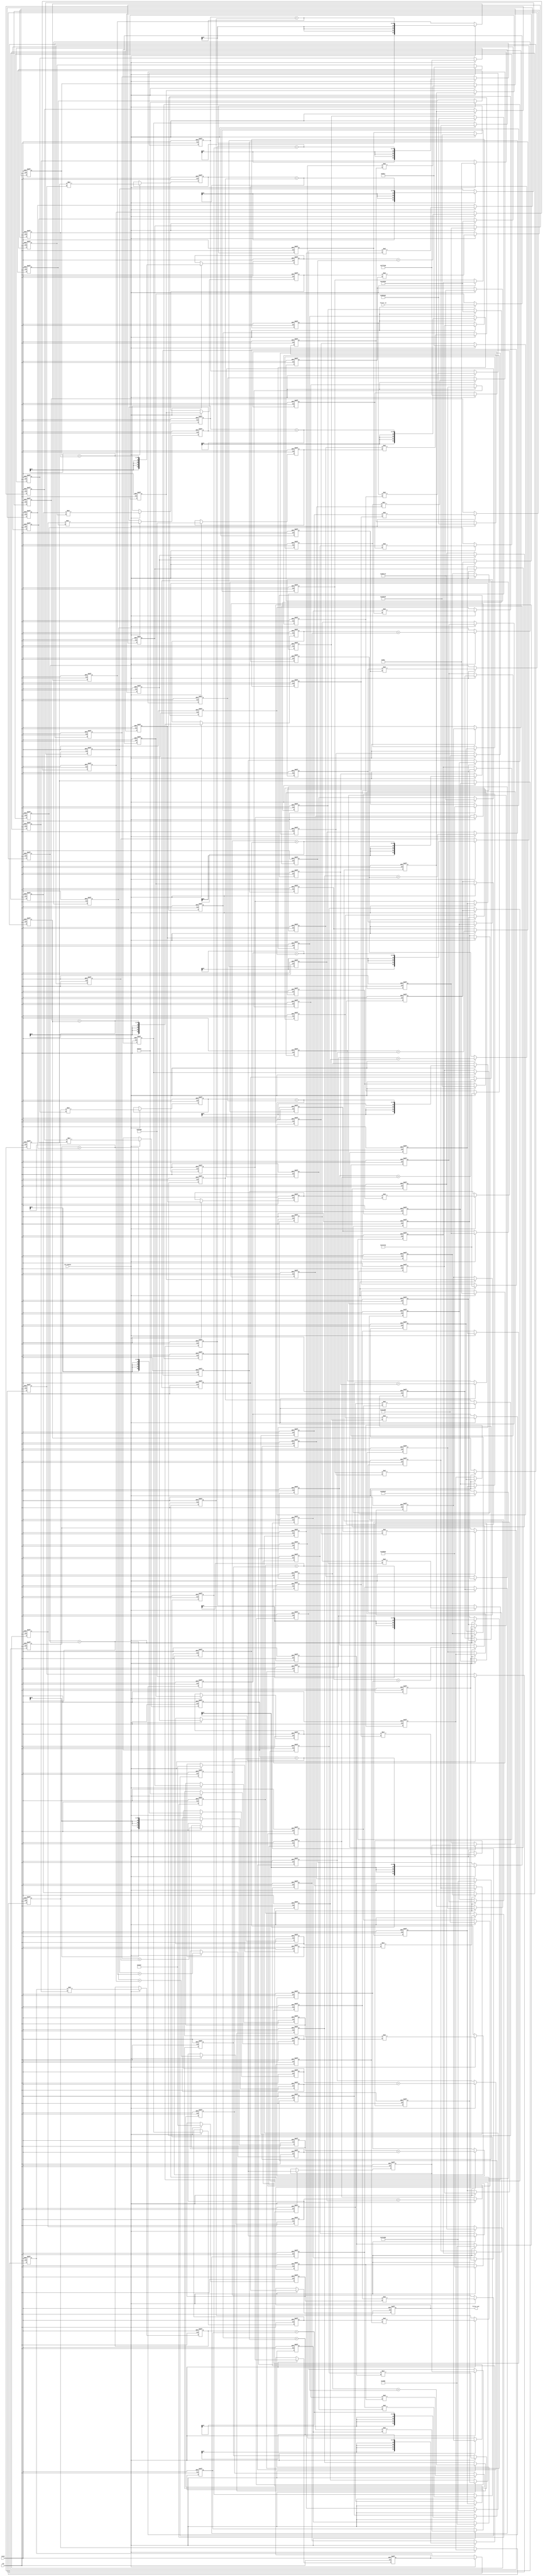
// -------------------------------------------------------------
//
// Module: fir_30_24b_1p
// Generated by MATLAB(R) 9.12 and Filter Design HDL Coder 3.1.11.
// Generated on: 2023-06-22 11:54:02
// -------------------------------------------------------------

// -------------------------------------------------------------
// HDL Code Generation Options:
//
// FIRAdderStyle: tree
// MultiplierInputPipeline: 1
// MultiplierOutputPipeline: 1
// OptimizeForHDL: on
// TargetDirectory: W:\Nikos\UTh\ \Project\FIR_30_Order\24b_fixed_point
// AddPipelineRegisters: on
// Name: fir_30_24b_1p
// InputDataType: numerictype(1,24,0)
// TargetLanguage: Verilog
// TestBenchName: fir_30_24b_1p_tb
// TestBenchStimulus: impulse step ramp chirp noise 

// Filter Specifications:
//
// Sample Rate     : 46 kHz
// Response        : Lowpass
// Specification   : N,Fp,Fst,Ap
// Stopband Edge   : 9.6 kHz
// Filter Order    : 30
// Passband Edge   : 8 kHz
// Passband Ripple : 60 dB
// -------------------------------------------------------------

// -------------------------------------------------------------
// HDL Implementation    : Fully parallel
// Folding Factor        : 1
// -------------------------------------------------------------
// Filter Settings:
//
// Discrete-Time FIR Filter (real)
// -------------------------------
// Filter Structure  : Direct-Form FIR
// Filter Length     : 31
// Stable            : Yes
// Linear Phase      : Yes (Type 1)
// Arithmetic        : fixed
// Numerator         : s24,24 -> [-5.000000e-01 5.000000e-01)
// -------------------------------------------------------------




`timescale 1 ns / 1 ns

module fir_30_24b_1p
               (
                clk,
                clk_enable,
                reset,
                filter_in,
                filter_out
                );

  input   clk; 
  input   clk_enable; 
  input   reset; 
  input   signed [23:0] filter_in; //sfix24
  output  signed [52:0] filter_out; //sfix53_En24

////////////////////////////////////////////////////////////////
//Module Architecture: fir_30_24b_1p
////////////////////////////////////////////////////////////////
  // Local Functions
  // Type Definitions
  // Constants
  parameter signed [23:0] coeff1 = 24'b000000000000100000001100; //sfix24_En24
  parameter signed [23:0] coeff2 = 24'b000000000010110100001011; //sfix24_En24
  parameter signed [23:0] coeff3 = 24'b000000001000001000000111; //sfix24_En24
  parameter signed [23:0] coeff4 = 24'b000000001101111001110010; //sfix24_En24
  parameter signed [23:0] coeff5 = 24'b000000001000100111001100; //sfix24_En24
  parameter signed [23:0] coeff6 = 24'b111111100001101110110101; //sfix24_En24
  parameter signed [23:0] coeff7 = 24'b111101111111111010011001; //sfix24_En24
  parameter signed [23:0] coeff8 = 24'b111011011011100001101010; //sfix24_En24
  parameter signed [23:0] coeff9 = 24'b111000010110100100111001; //sfix24_En24
  parameter signed [23:0] coeff10 = 24'b110110000100110001110100; //sfix24_En24
  parameter signed [23:0] coeff11 = 24'b110110010010101010010111; //sfix24_En24
  parameter signed [23:0] coeff12 = 24'b111010001101011101011111; //sfix24_En24
  parameter signed [23:0] coeff13 = 24'b000001100111100000110110; //sfix24_En24
  parameter signed [23:0] coeff14 = 24'b001010100001110110010000; //sfix24_En24
  parameter signed [23:0] coeff15 = 24'b010001110100011101000010; //sfix24_En24
  parameter signed [23:0] coeff16 = 24'b010100101000100100101111; //sfix24_En24
  parameter signed [23:0] coeff17 = 24'b010001110100011101000010; //sfix24_En24
  parameter signed [23:0] coeff18 = 24'b001010100001110110010000; //sfix24_En24
  parameter signed [23:0] coeff19 = 24'b000001100111100000110110; //sfix24_En24
  parameter signed [23:0] coeff20 = 24'b111010001101011101011111; //sfix24_En24
  parameter signed [23:0] coeff21 = 24'b110110010010101010010111; //sfix24_En24
  parameter signed [23:0] coeff22 = 24'b110110000100110001110100; //sfix24_En24
  parameter signed [23:0] coeff23 = 24'b111000010110100100111001; //sfix24_En24
  parameter signed [23:0] coeff24 = 24'b111011011011100001101010; //sfix24_En24
  parameter signed [23:0] coeff25 = 24'b111101111111111010011001; //sfix24_En24
  parameter signed [23:0] coeff26 = 24'b111111100001101110110101; //sfix24_En24
  parameter signed [23:0] coeff27 = 24'b000000001000100111001100; //sfix24_En24
  parameter signed [23:0] coeff28 = 24'b000000001101111001110010; //sfix24_En24
  parameter signed [23:0] coeff29 = 24'b000000001000001000000111; //sfix24_En24
  parameter signed [23:0] coeff30 = 24'b000000000010110100001011; //sfix24_En24
  parameter signed [23:0] coeff31 = 24'b000000000000100000001100; //sfix24_En24

  // Signals
  reg  signed [23:0] delay_pipeline [0:30] ; // sfix24
  wire signed [47:0] product31; // sfix48_En24
  reg  signed [23:0] delay_pipeline_30_under_pipe; // sfix24
  reg  signed [23:0] coeff31_pipe; // sfix24_En24
  reg  signed [47:0] product31_pipe; // sfix48_En24
  wire signed [47:0] product30; // sfix48_En24
  reg  signed [23:0] delay_pipeline_29_under_pipe; // sfix24
  reg  signed [23:0] coeff30_pipe; // sfix24_En24
  reg  signed [47:0] product30_pipe; // sfix48_En24
  wire signed [47:0] product29; // sfix48_En24
  reg  signed [23:0] delay_pipeline_28_under_pipe; // sfix24
  reg  signed [23:0] coeff29_pipe; // sfix24_En24
  reg  signed [47:0] product29_pipe; // sfix48_En24
  wire signed [47:0] product28; // sfix48_En24
  reg  signed [23:0] delay_pipeline_27_under_pipe; // sfix24
  reg  signed [23:0] coeff28_pipe; // sfix24_En24
  reg  signed [47:0] product28_pipe; // sfix48_En24
  wire signed [47:0] product27; // sfix48_En24
  reg  signed [23:0] delay_pipeline_26_under_pipe; // sfix24
  reg  signed [23:0] coeff27_pipe; // sfix24_En24
  reg  signed [47:0] product27_pipe; // sfix48_En24
  wire signed [47:0] product26; // sfix48_En24
  reg  signed [23:0] delay_pipeline_25_under_pipe; // sfix24
  reg  signed [23:0] coeff26_pipe; // sfix24_En24
  reg  signed [47:0] product26_pipe; // sfix48_En24
  wire signed [47:0] product25; // sfix48_En24
  reg  signed [23:0] delay_pipeline_24_under_pipe; // sfix24
  reg  signed [23:0] coeff25_pipe; // sfix24_En24
  reg  signed [47:0] product25_pipe; // sfix48_En24
  wire signed [47:0] product24; // sfix48_En24
  reg  signed [23:0] delay_pipeline_23_under_pipe; // sfix24
  reg  signed [23:0] coeff24_pipe; // sfix24_En24
  reg  signed [47:0] product24_pipe; // sfix48_En24
  wire signed [47:0] product23; // sfix48_En24
  reg  signed [23:0] delay_pipeline_22_under_pipe; // sfix24
  reg  signed [23:0] coeff23_pipe; // sfix24_En24
  reg  signed [47:0] product23_pipe; // sfix48_En24
  wire signed [47:0] product22; // sfix48_En24
  reg  signed [23:0] delay_pipeline_21_under_pipe; // sfix24
  reg  signed [23:0] coeff22_pipe; // sfix24_En24
  reg  signed [47:0] product22_pipe; // sfix48_En24
  wire signed [47:0] product21; // sfix48_En24
  reg  signed [23:0] delay_pipeline_20_under_pipe; // sfix24
  reg  signed [23:0] coeff21_pipe; // sfix24_En24
  reg  signed [47:0] product21_pipe; // sfix48_En24
  wire signed [47:0] product20; // sfix48_En24
  reg  signed [23:0] delay_pipeline_19_under_pipe; // sfix24
  reg  signed [23:0] coeff20_pipe; // sfix24_En24
  reg  signed [47:0] product20_pipe; // sfix48_En24
  wire signed [47:0] product19; // sfix48_En24
  reg  signed [23:0] delay_pipeline_18_under_pipe; // sfix24
  reg  signed [23:0] coeff19_pipe; // sfix24_En24
  reg  signed [47:0] product19_pipe; // sfix48_En24
  wire signed [47:0] product18; // sfix48_En24
  reg  signed [23:0] delay_pipeline_17_under_pipe; // sfix24
  reg  signed [23:0] coeff18_pipe; // sfix24_En24
  reg  signed [47:0] product18_pipe; // sfix48_En24
  wire signed [47:0] product17; // sfix48_En24
  reg  signed [23:0] delay_pipeline_16_under_pipe; // sfix24
  reg  signed [23:0] coeff17_pipe; // sfix24_En24
  reg  signed [47:0] product17_pipe; // sfix48_En24
  wire signed [47:0] product16; // sfix48_En24
  reg  signed [23:0] delay_pipeline_15_under_pipe; // sfix24
  reg  signed [23:0] coeff16_pipe; // sfix24_En24
  reg  signed [47:0] product16_pipe; // sfix48_En24
  wire signed [47:0] product15; // sfix48_En24
  reg  signed [23:0] delay_pipeline_14_under_pipe; // sfix24
  reg  signed [23:0] coeff15_pipe; // sfix24_En24
  reg  signed [47:0] product15_pipe; // sfix48_En24
  wire signed [47:0] product14; // sfix48_En24
  reg  signed [23:0] delay_pipeline_13_under_pipe; // sfix24
  reg  signed [23:0] coeff14_pipe; // sfix24_En24
  reg  signed [47:0] product14_pipe; // sfix48_En24
  wire signed [47:0] product13; // sfix48_En24
  reg  signed [23:0] delay_pipeline_12_under_pipe; // sfix24
  reg  signed [23:0] coeff13_pipe; // sfix24_En24
  reg  signed [47:0] product13_pipe; // sfix48_En24
  wire signed [47:0] product12; // sfix48_En24
  reg  signed [23:0] delay_pipeline_11_under_pipe; // sfix24
  reg  signed [23:0] coeff12_pipe; // sfix24_En24
  reg  signed [47:0] product12_pipe; // sfix48_En24
  wire signed [47:0] product11; // sfix48_En24
  reg  signed [23:0] delay_pipeline_10_under_pipe; // sfix24
  reg  signed [23:0] coeff11_pipe; // sfix24_En24
  reg  signed [47:0] product11_pipe; // sfix48_En24
  wire signed [47:0] product10; // sfix48_En24
  reg  signed [23:0] delay_pipeline_9_under_pipe; // sfix24
  reg  signed [23:0] coeff10_pipe; // sfix24_En24
  reg  signed [47:0] product10_pipe; // sfix48_En24
  wire signed [47:0] product9; // sfix48_En24
  reg  signed [23:0] delay_pipeline_8_under_pipe; // sfix24
  reg  signed [23:0] coeff9_pipe; // sfix24_En24
  reg  signed [47:0] product9_pipe; // sfix48_En24
  wire signed [47:0] product8; // sfix48_En24
  reg  signed [23:0] delay_pipeline_7_under_pipe; // sfix24
  reg  signed [23:0] coeff8_pipe; // sfix24_En24
  reg  signed [47:0] product8_pipe; // sfix48_En24
  wire signed [47:0] product7; // sfix48_En24
  reg  signed [23:0] delay_pipeline_6_under_pipe; // sfix24
  reg  signed [23:0] coeff7_pipe; // sfix24_En24
  reg  signed [47:0] product7_pipe; // sfix48_En24
  wire signed [47:0] product6; // sfix48_En24
  reg  signed [23:0] delay_pipeline_5_under_pipe; // sfix24
  reg  signed [23:0] coeff6_pipe; // sfix24_En24
  reg  signed [47:0] product6_pipe; // sfix48_En24
  wire signed [47:0] product5; // sfix48_En24
  reg  signed [23:0] delay_pipeline_4_under_pipe; // sfix24
  reg  signed [23:0] coeff5_pipe; // sfix24_En24
  reg  signed [47:0] product5_pipe; // sfix48_En24
  wire signed [47:0] product4; // sfix48_En24
  reg  signed [23:0] delay_pipeline_3_under_pipe; // sfix24
  reg  signed [23:0] coeff4_pipe; // sfix24_En24
  reg  signed [47:0] product4_pipe; // sfix48_En24
  wire signed [47:0] product3; // sfix48_En24
  reg  signed [23:0] delay_pipeline_2_under_pipe; // sfix24
  reg  signed [23:0] coeff3_pipe; // sfix24_En24
  reg  signed [47:0] product3_pipe; // sfix48_En24
  wire signed [47:0] product2; // sfix48_En24
  reg  signed [23:0] delay_pipeline_1_under_pipe; // sfix24
  reg  signed [23:0] coeff2_pipe; // sfix24_En24
  reg  signed [47:0] product2_pipe; // sfix48_En24
  wire signed [47:0] product1; // sfix48_En24
  reg  signed [23:0] delay_pipeline_0_under_pipe; // sfix24
  reg  signed [23:0] coeff1_pipe; // sfix24_En24
  reg  signed [47:0] product1_pipe; // sfix48_En24
  wire signed [52:0] sum_final; // sfix53_En24
  wire signed [52:0] sum1_1; // sfix53_En24
  wire signed [47:0] add_signext; // sfix48_En24
  wire signed [47:0] add_signext_1; // sfix48_En24
  wire signed [48:0] add_temp; // sfix49_En24
  reg  signed [52:0] sumpipe1_1; // sfix53_En24
  wire signed [52:0] sum1_2; // sfix53_En24
  wire signed [47:0] add_signext_2; // sfix48_En24
  wire signed [47:0] add_signext_3; // sfix48_En24
  wire signed [48:0] add_temp_1; // sfix49_En24
  reg  signed [52:0] sumpipe1_2; // sfix53_En24
  wire signed [52:0] sum1_3; // sfix53_En24
  wire signed [47:0] add_signext_4; // sfix48_En24
  wire signed [47:0] add_signext_5; // sfix48_En24
  wire signed [48:0] add_temp_2; // sfix49_En24
  reg  signed [52:0] sumpipe1_3; // sfix53_En24
  wire signed [52:0] sum1_4; // sfix53_En24
  wire signed [47:0] add_signext_6; // sfix48_En24
  wire signed [47:0] add_signext_7; // sfix48_En24
  wire signed [48:0] add_temp_3; // sfix49_En24
  reg  signed [52:0] sumpipe1_4; // sfix53_En24
  wire signed [52:0] sum1_5; // sfix53_En24
  wire signed [47:0] add_signext_8; // sfix48_En24
  wire signed [47:0] add_signext_9; // sfix48_En24
  wire signed [48:0] add_temp_4; // sfix49_En24
  reg  signed [52:0] sumpipe1_5; // sfix53_En24
  wire signed [52:0] sum1_6; // sfix53_En24
  wire signed [47:0] add_signext_10; // sfix48_En24
  wire signed [47:0] add_signext_11; // sfix48_En24
  wire signed [48:0] add_temp_5; // sfix49_En24
  reg  signed [52:0] sumpipe1_6; // sfix53_En24
  wire signed [52:0] sum1_7; // sfix53_En24
  wire signed [47:0] add_signext_12; // sfix48_En24
  wire signed [47:0] add_signext_13; // sfix48_En24
  wire signed [48:0] add_temp_6; // sfix49_En24
  reg  signed [52:0] sumpipe1_7; // sfix53_En24
  wire signed [52:0] sum1_8; // sfix53_En24
  wire signed [47:0] add_signext_14; // sfix48_En24
  wire signed [47:0] add_signext_15; // sfix48_En24
  wire signed [48:0] add_temp_7; // sfix49_En24
  reg  signed [52:0] sumpipe1_8; // sfix53_En24
  wire signed [52:0] sum1_9; // sfix53_En24
  wire signed [47:0] add_signext_16; // sfix48_En24
  wire signed [47:0] add_signext_17; // sfix48_En24
  wire signed [48:0] add_temp_8; // sfix49_En24
  reg  signed [52:0] sumpipe1_9; // sfix53_En24
  wire signed [52:0] sum1_10; // sfix53_En24
  wire signed [47:0] add_signext_18; // sfix48_En24
  wire signed [47:0] add_signext_19; // sfix48_En24
  wire signed [48:0] add_temp_9; // sfix49_En24
  reg  signed [52:0] sumpipe1_10; // sfix53_En24
  wire signed [52:0] sum1_11; // sfix53_En24
  wire signed [47:0] add_signext_20; // sfix48_En24
  wire signed [47:0] add_signext_21; // sfix48_En24
  wire signed [48:0] add_temp_10; // sfix49_En24
  reg  signed [52:0] sumpipe1_11; // sfix53_En24
  wire signed [52:0] sum1_12; // sfix53_En24
  wire signed [47:0] add_signext_22; // sfix48_En24
  wire signed [47:0] add_signext_23; // sfix48_En24
  wire signed [48:0] add_temp_11; // sfix49_En24
  reg  signed [52:0] sumpipe1_12; // sfix53_En24
  wire signed [52:0] sum1_13; // sfix53_En24
  wire signed [47:0] add_signext_24; // sfix48_En24
  wire signed [47:0] add_signext_25; // sfix48_En24
  wire signed [48:0] add_temp_12; // sfix49_En24
  reg  signed [52:0] sumpipe1_13; // sfix53_En24
  wire signed [52:0] sum1_14; // sfix53_En24
  wire signed [47:0] add_signext_26; // sfix48_En24
  wire signed [47:0] add_signext_27; // sfix48_En24
  wire signed [48:0] add_temp_13; // sfix49_En24
  reg  signed [52:0] sumpipe1_14; // sfix53_En24
  wire signed [52:0] sum1_15; // sfix53_En24
  wire signed [47:0] add_signext_28; // sfix48_En24
  wire signed [47:0] add_signext_29; // sfix48_En24
  wire signed [48:0] add_temp_14; // sfix49_En24
  reg  signed [52:0] sumpipe1_15; // sfix53_En24
  reg  signed [47:0] sumpipe1_16; // sfix48_En24
  wire signed [52:0] sum2_1; // sfix53_En24
  wire signed [52:0] add_signext_30; // sfix53_En24
  wire signed [52:0] add_signext_31; // sfix53_En24
  wire signed [53:0] add_temp_15; // sfix54_En24
  reg  signed [52:0] sumpipe2_1; // sfix53_En24
  wire signed [52:0] sum2_2; // sfix53_En24
  wire signed [52:0] add_signext_32; // sfix53_En24
  wire signed [52:0] add_signext_33; // sfix53_En24
  wire signed [53:0] add_temp_16; // sfix54_En24
  reg  signed [52:0] sumpipe2_2; // sfix53_En24
  wire signed [52:0] sum2_3; // sfix53_En24
  wire signed [52:0] add_signext_34; // sfix53_En24
  wire signed [52:0] add_signext_35; // sfix53_En24
  wire signed [53:0] add_temp_17; // sfix54_En24
  reg  signed [52:0] sumpipe2_3; // sfix53_En24
  wire signed [52:0] sum2_4; // sfix53_En24
  wire signed [52:0] add_signext_36; // sfix53_En24
  wire signed [52:0] add_signext_37; // sfix53_En24
  wire signed [53:0] add_temp_18; // sfix54_En24
  reg  signed [52:0] sumpipe2_4; // sfix53_En24
  wire signed [52:0] sum2_5; // sfix53_En24
  wire signed [52:0] add_signext_38; // sfix53_En24
  wire signed [52:0] add_signext_39; // sfix53_En24
  wire signed [53:0] add_temp_19; // sfix54_En24
  reg  signed [52:0] sumpipe2_5; // sfix53_En24
  wire signed [52:0] sum2_6; // sfix53_En24
  wire signed [52:0] add_signext_40; // sfix53_En24
  wire signed [52:0] add_signext_41; // sfix53_En24
  wire signed [53:0] add_temp_20; // sfix54_En24
  reg  signed [52:0] sumpipe2_6; // sfix53_En24
  wire signed [52:0] sum2_7; // sfix53_En24
  wire signed [52:0] add_signext_42; // sfix53_En24
  wire signed [52:0] add_signext_43; // sfix53_En24
  wire signed [53:0] add_temp_21; // sfix54_En24
  reg  signed [52:0] sumpipe2_7; // sfix53_En24
  wire signed [52:0] sum2_8; // sfix53_En24
  wire signed [52:0] add_signext_44; // sfix53_En24
  wire signed [52:0] add_signext_45; // sfix53_En24
  wire signed [53:0] add_temp_22; // sfix54_En24
  reg  signed [52:0] sumpipe2_8; // sfix53_En24
  wire signed [52:0] sum3_1; // sfix53_En24
  wire signed [52:0] add_signext_46; // sfix53_En24
  wire signed [52:0] add_signext_47; // sfix53_En24
  wire signed [53:0] add_temp_23; // sfix54_En24
  reg  signed [52:0] sumpipe3_1; // sfix53_En24
  wire signed [52:0] sum3_2; // sfix53_En24
  wire signed [52:0] add_signext_48; // sfix53_En24
  wire signed [52:0] add_signext_49; // sfix53_En24
  wire signed [53:0] add_temp_24; // sfix54_En24
  reg  signed [52:0] sumpipe3_2; // sfix53_En24
  wire signed [52:0] sum3_3; // sfix53_En24
  wire signed [52:0] add_signext_50; // sfix53_En24
  wire signed [52:0] add_signext_51; // sfix53_En24
  wire signed [53:0] add_temp_25; // sfix54_En24
  reg  signed [52:0] sumpipe3_3; // sfix53_En24
  wire signed [52:0] sum3_4; // sfix53_En24
  wire signed [52:0] add_signext_52; // sfix53_En24
  wire signed [52:0] add_signext_53; // sfix53_En24
  wire signed [53:0] add_temp_26; // sfix54_En24
  reg  signed [52:0] sumpipe3_4; // sfix53_En24
  wire signed [52:0] sum4_1; // sfix53_En24
  wire signed [52:0] add_signext_54; // sfix53_En24
  wire signed [52:0] add_signext_55; // sfix53_En24
  wire signed [53:0] add_temp_27; // sfix54_En24
  reg  signed [52:0] sumpipe4_1; // sfix53_En24
  wire signed [52:0] sum4_2; // sfix53_En24
  wire signed [52:0] add_signext_56; // sfix53_En24
  wire signed [52:0] add_signext_57; // sfix53_En24
  wire signed [53:0] add_temp_28; // sfix54_En24
  reg  signed [52:0] sumpipe4_2; // sfix53_En24
  wire signed [52:0] sum5_1; // sfix53_En24
  wire signed [52:0] add_signext_58; // sfix53_En24
  wire signed [52:0] add_signext_59; // sfix53_En24
  wire signed [53:0] add_temp_29; // sfix54_En24
  reg  signed [52:0] sumpipe5_1; // sfix53_En24
  reg  signed [52:0] output_register; // sfix53_En24

  // Block Statements
  always @( posedge clk or posedge reset)
    begin: Delay_Pipeline_process
      if (reset == 1'b1) begin
        delay_pipeline[0] <= 0;
        delay_pipeline[1] <= 0;
        delay_pipeline[2] <= 0;
        delay_pipeline[3] <= 0;
        delay_pipeline[4] <= 0;
        delay_pipeline[5] <= 0;
        delay_pipeline[6] <= 0;
        delay_pipeline[7] <= 0;
        delay_pipeline[8] <= 0;
        delay_pipeline[9] <= 0;
        delay_pipeline[10] <= 0;
        delay_pipeline[11] <= 0;
        delay_pipeline[12] <= 0;
        delay_pipeline[13] <= 0;
        delay_pipeline[14] <= 0;
        delay_pipeline[15] <= 0;
        delay_pipeline[16] <= 0;
        delay_pipeline[17] <= 0;
        delay_pipeline[18] <= 0;
        delay_pipeline[19] <= 0;
        delay_pipeline[20] <= 0;
        delay_pipeline[21] <= 0;
        delay_pipeline[22] <= 0;
        delay_pipeline[23] <= 0;
        delay_pipeline[24] <= 0;
        delay_pipeline[25] <= 0;
        delay_pipeline[26] <= 0;
        delay_pipeline[27] <= 0;
        delay_pipeline[28] <= 0;
        delay_pipeline[29] <= 0;
        delay_pipeline[30] <= 0;
      end
      else begin
        if (clk_enable == 1'b1) begin
          delay_pipeline[0] <= filter_in;
          delay_pipeline[1] <= delay_pipeline[0];
          delay_pipeline[2] <= delay_pipeline[1];
          delay_pipeline[3] <= delay_pipeline[2];
          delay_pipeline[4] <= delay_pipeline[3];
          delay_pipeline[5] <= delay_pipeline[4];
          delay_pipeline[6] <= delay_pipeline[5];
          delay_pipeline[7] <= delay_pipeline[6];
          delay_pipeline[8] <= delay_pipeline[7];
          delay_pipeline[9] <= delay_pipeline[8];
          delay_pipeline[10] <= delay_pipeline[9];
          delay_pipeline[11] <= delay_pipeline[10];
          delay_pipeline[12] <= delay_pipeline[11];
          delay_pipeline[13] <= delay_pipeline[12];
          delay_pipeline[14] <= delay_pipeline[13];
          delay_pipeline[15] <= delay_pipeline[14];
          delay_pipeline[16] <= delay_pipeline[15];
          delay_pipeline[17] <= delay_pipeline[16];
          delay_pipeline[18] <= delay_pipeline[17];
          delay_pipeline[19] <= delay_pipeline[18];
          delay_pipeline[20] <= delay_pipeline[19];
          delay_pipeline[21] <= delay_pipeline[20];
          delay_pipeline[22] <= delay_pipeline[21];
          delay_pipeline[23] <= delay_pipeline[22];
          delay_pipeline[24] <= delay_pipeline[23];
          delay_pipeline[25] <= delay_pipeline[24];
          delay_pipeline[26] <= delay_pipeline[25];
          delay_pipeline[27] <= delay_pipeline[26];
          delay_pipeline[28] <= delay_pipeline[27];
          delay_pipeline[29] <= delay_pipeline[28];
          delay_pipeline[30] <= delay_pipeline[29];
        end
      end
    end // Delay_Pipeline_process


  always @ (posedge clk or posedge reset)
    begin: temp_process1
      if (reset == 1'b1) begin
        delay_pipeline_30_under_pipe <= 0;
        coeff31_pipe <= 0;
        product31_pipe <= 0;
      end
      else begin
        if (clk_enable == 1'b1) begin
          delay_pipeline_30_under_pipe <= delay_pipeline[30];
          coeff31_pipe <= coeff31;

          product31_pipe <= delay_pipeline_30_under_pipe * coeff31_pipe;

        end
      end
    end // temp_process1

  assign product31 = product31_pipe;

  always @ (posedge clk or posedge reset)
    begin: temp_process2
      if (reset == 1'b1) begin
        delay_pipeline_29_under_pipe <= 0;
        coeff30_pipe <= 0;
        product30_pipe <= 0;
      end
      else begin
        if (clk_enable == 1'b1) begin
          delay_pipeline_29_under_pipe <= delay_pipeline[29];
          coeff30_pipe <= coeff30;

          product30_pipe <= delay_pipeline_29_under_pipe * coeff30_pipe;

        end
      end
    end // temp_process2

  assign product30 = product30_pipe;

  always @ (posedge clk or posedge reset)
    begin: temp_process3
      if (reset == 1'b1) begin
        delay_pipeline_28_under_pipe <= 0;
        coeff29_pipe <= 0;
        product29_pipe <= 0;
      end
      else begin
        if (clk_enable == 1'b1) begin
          delay_pipeline_28_under_pipe <= delay_pipeline[28];
          coeff29_pipe <= coeff29;

          product29_pipe <= delay_pipeline_28_under_pipe * coeff29_pipe;

        end
      end
    end // temp_process3

  assign product29 = product29_pipe;

  always @ (posedge clk or posedge reset)
    begin: temp_process4
      if (reset == 1'b1) begin
        delay_pipeline_27_under_pipe <= 0;
        coeff28_pipe <= 0;
        product28_pipe <= 0;
      end
      else begin
        if (clk_enable == 1'b1) begin
          delay_pipeline_27_under_pipe <= delay_pipeline[27];
          coeff28_pipe <= coeff28;

          product28_pipe <= delay_pipeline_27_under_pipe * coeff28_pipe;

        end
      end
    end // temp_process4

  assign product28 = product28_pipe;

  always @ (posedge clk or posedge reset)
    begin: temp_process5
      if (reset == 1'b1) begin
        delay_pipeline_26_under_pipe <= 0;
        coeff27_pipe <= 0;
        product27_pipe <= 0;
      end
      else begin
        if (clk_enable == 1'b1) begin
          delay_pipeline_26_under_pipe <= delay_pipeline[26];
          coeff27_pipe <= coeff27;

          product27_pipe <= delay_pipeline_26_under_pipe * coeff27_pipe;

        end
      end
    end // temp_process5

  assign product27 = product27_pipe;

  always @ (posedge clk or posedge reset)
    begin: temp_process6
      if (reset == 1'b1) begin
        delay_pipeline_25_under_pipe <= 0;
        coeff26_pipe <= 0;
        product26_pipe <= 0;
      end
      else begin
        if (clk_enable == 1'b1) begin
          delay_pipeline_25_under_pipe <= delay_pipeline[25];
          coeff26_pipe <= coeff26;

          product26_pipe <= delay_pipeline_25_under_pipe * coeff26_pipe;

        end
      end
    end // temp_process6

  assign product26 = product26_pipe;

  always @ (posedge clk or posedge reset)
    begin: temp_process7
      if (reset == 1'b1) begin
        delay_pipeline_24_under_pipe <= 0;
        coeff25_pipe <= 0;
        product25_pipe <= 0;
      end
      else begin
        if (clk_enable == 1'b1) begin
          delay_pipeline_24_under_pipe <= delay_pipeline[24];
          coeff25_pipe <= coeff25;

          product25_pipe <= delay_pipeline_24_under_pipe * coeff25_pipe;

        end
      end
    end // temp_process7

  assign product25 = product25_pipe;

  always @ (posedge clk or posedge reset)
    begin: temp_process8
      if (reset == 1'b1) begin
        delay_pipeline_23_under_pipe <= 0;
        coeff24_pipe <= 0;
        product24_pipe <= 0;
      end
      else begin
        if (clk_enable == 1'b1) begin
          delay_pipeline_23_under_pipe <= delay_pipeline[23];
          coeff24_pipe <= coeff24;

          product24_pipe <= delay_pipeline_23_under_pipe * coeff24_pipe;

        end
      end
    end // temp_process8

  assign product24 = product24_pipe;

  always @ (posedge clk or posedge reset)
    begin: temp_process9
      if (reset == 1'b1) begin
        delay_pipeline_22_under_pipe <= 0;
        coeff23_pipe <= 0;
        product23_pipe <= 0;
      end
      else begin
        if (clk_enable == 1'b1) begin
          delay_pipeline_22_under_pipe <= delay_pipeline[22];
          coeff23_pipe <= coeff23;

          product23_pipe <= delay_pipeline_22_under_pipe * coeff23_pipe;

        end
      end
    end // temp_process9

  assign product23 = product23_pipe;

  always @ (posedge clk or posedge reset)
    begin: temp_process10
      if (reset == 1'b1) begin
        delay_pipeline_21_under_pipe <= 0;
        coeff22_pipe <= 0;
        product22_pipe <= 0;
      end
      else begin
        if (clk_enable == 1'b1) begin
          delay_pipeline_21_under_pipe <= delay_pipeline[21];
          coeff22_pipe <= coeff22;

          product22_pipe <= delay_pipeline_21_under_pipe * coeff22_pipe;

        end
      end
    end // temp_process10

  assign product22 = product22_pipe;

  always @ (posedge clk or posedge reset)
    begin: temp_process11
      if (reset == 1'b1) begin
        delay_pipeline_20_under_pipe <= 0;
        coeff21_pipe <= 0;
        product21_pipe <= 0;
      end
      else begin
        if (clk_enable == 1'b1) begin
          delay_pipeline_20_under_pipe <= delay_pipeline[20];
          coeff21_pipe <= coeff21;

          product21_pipe <= delay_pipeline_20_under_pipe * coeff21_pipe;

        end
      end
    end // temp_process11

  assign product21 = product21_pipe;

  always @ (posedge clk or posedge reset)
    begin: temp_process12
      if (reset == 1'b1) begin
        delay_pipeline_19_under_pipe <= 0;
        coeff20_pipe <= 0;
        product20_pipe <= 0;
      end
      else begin
        if (clk_enable == 1'b1) begin
          delay_pipeline_19_under_pipe <= delay_pipeline[19];
          coeff20_pipe <= coeff20;

          product20_pipe <= delay_pipeline_19_under_pipe * coeff20_pipe;

        end
      end
    end // temp_process12

  assign product20 = product20_pipe;

  always @ (posedge clk or posedge reset)
    begin: temp_process13
      if (reset == 1'b1) begin
        delay_pipeline_18_under_pipe <= 0;
        coeff19_pipe <= 0;
        product19_pipe <= 0;
      end
      else begin
        if (clk_enable == 1'b1) begin
          delay_pipeline_18_under_pipe <= delay_pipeline[18];
          coeff19_pipe <= coeff19;

          product19_pipe <= delay_pipeline_18_under_pipe * coeff19_pipe;

        end
      end
    end // temp_process13

  assign product19 = product19_pipe;

  always @ (posedge clk or posedge reset)
    begin: temp_process14
      if (reset == 1'b1) begin
        delay_pipeline_17_under_pipe <= 0;
        coeff18_pipe <= 0;
        product18_pipe <= 0;
      end
      else begin
        if (clk_enable == 1'b1) begin
          delay_pipeline_17_under_pipe <= delay_pipeline[17];
          coeff18_pipe <= coeff18;

          product18_pipe <= delay_pipeline_17_under_pipe * coeff18_pipe;

        end
      end
    end // temp_process14

  assign product18 = product18_pipe;

  always @ (posedge clk or posedge reset)
    begin: temp_process15
      if (reset == 1'b1) begin
        delay_pipeline_16_under_pipe <= 0;
        coeff17_pipe <= 0;
        product17_pipe <= 0;
      end
      else begin
        if (clk_enable == 1'b1) begin
          delay_pipeline_16_under_pipe <= delay_pipeline[16];
          coeff17_pipe <= coeff17;

          product17_pipe <= delay_pipeline_16_under_pipe * coeff17_pipe;

        end
      end
    end // temp_process15

  assign product17 = product17_pipe;

  always @ (posedge clk or posedge reset)
    begin: temp_process16
      if (reset == 1'b1) begin
        delay_pipeline_15_under_pipe <= 0;
        coeff16_pipe <= 0;
        product16_pipe <= 0;
      end
      else begin
        if (clk_enable == 1'b1) begin
          delay_pipeline_15_under_pipe <= delay_pipeline[15];
          coeff16_pipe <= coeff16;

          product16_pipe <= delay_pipeline_15_under_pipe * coeff16_pipe;

        end
      end
    end // temp_process16

  assign product16 = product16_pipe;

  always @ (posedge clk or posedge reset)
    begin: temp_process17
      if (reset == 1'b1) begin
        delay_pipeline_14_under_pipe <= 0;
        coeff15_pipe <= 0;
        product15_pipe <= 0;
      end
      else begin
        if (clk_enable == 1'b1) begin
          delay_pipeline_14_under_pipe <= delay_pipeline[14];
          coeff15_pipe <= coeff15;

          product15_pipe <= delay_pipeline_14_under_pipe * coeff15_pipe;

        end
      end
    end // temp_process17

  assign product15 = product15_pipe;

  always @ (posedge clk or posedge reset)
    begin: temp_process18
      if (reset == 1'b1) begin
        delay_pipeline_13_under_pipe <= 0;
        coeff14_pipe <= 0;
        product14_pipe <= 0;
      end
      else begin
        if (clk_enable == 1'b1) begin
          delay_pipeline_13_under_pipe <= delay_pipeline[13];
          coeff14_pipe <= coeff14;

          product14_pipe <= delay_pipeline_13_under_pipe * coeff14_pipe;

        end
      end
    end // temp_process18

  assign product14 = product14_pipe;

  always @ (posedge clk or posedge reset)
    begin: temp_process19
      if (reset == 1'b1) begin
        delay_pipeline_12_under_pipe <= 0;
        coeff13_pipe <= 0;
        product13_pipe <= 0;
      end
      else begin
        if (clk_enable == 1'b1) begin
          delay_pipeline_12_under_pipe <= delay_pipeline[12];
          coeff13_pipe <= coeff13;

          product13_pipe <= delay_pipeline_12_under_pipe * coeff13_pipe;

        end
      end
    end // temp_process19

  assign product13 = product13_pipe;

  always @ (posedge clk or posedge reset)
    begin: temp_process20
      if (reset == 1'b1) begin
        delay_pipeline_11_under_pipe <= 0;
        coeff12_pipe <= 0;
        product12_pipe <= 0;
      end
      else begin
        if (clk_enable == 1'b1) begin
          delay_pipeline_11_under_pipe <= delay_pipeline[11];
          coeff12_pipe <= coeff12;

          product12_pipe <= delay_pipeline_11_under_pipe * coeff12_pipe;

        end
      end
    end // temp_process20

  assign product12 = product12_pipe;

  always @ (posedge clk or posedge reset)
    begin: temp_process21
      if (reset == 1'b1) begin
        delay_pipeline_10_under_pipe <= 0;
        coeff11_pipe <= 0;
        product11_pipe <= 0;
      end
      else begin
        if (clk_enable == 1'b1) begin
          delay_pipeline_10_under_pipe <= delay_pipeline[10];
          coeff11_pipe <= coeff11;

          product11_pipe <= delay_pipeline_10_under_pipe * coeff11_pipe;

        end
      end
    end // temp_process21

  assign product11 = product11_pipe;

  always @ (posedge clk or posedge reset)
    begin: temp_process22
      if (reset == 1'b1) begin
        delay_pipeline_9_under_pipe <= 0;
        coeff10_pipe <= 0;
        product10_pipe <= 0;
      end
      else begin
        if (clk_enable == 1'b1) begin
          delay_pipeline_9_under_pipe <= delay_pipeline[9];
          coeff10_pipe <= coeff10;

          product10_pipe <= delay_pipeline_9_under_pipe * coeff10_pipe;

        end
      end
    end // temp_process22

  assign product10 = product10_pipe;

  always @ (posedge clk or posedge reset)
    begin: temp_process23
      if (reset == 1'b1) begin
        delay_pipeline_8_under_pipe <= 0;
        coeff9_pipe <= 0;
        product9_pipe <= 0;
      end
      else begin
        if (clk_enable == 1'b1) begin
          delay_pipeline_8_under_pipe <= delay_pipeline[8];
          coeff9_pipe <= coeff9;

          product9_pipe <= delay_pipeline_8_under_pipe * coeff9_pipe;

        end
      end
    end // temp_process23

  assign product9 = product9_pipe;

  always @ (posedge clk or posedge reset)
    begin: temp_process24
      if (reset == 1'b1) begin
        delay_pipeline_7_under_pipe <= 0;
        coeff8_pipe <= 0;
        product8_pipe <= 0;
      end
      else begin
        if (clk_enable == 1'b1) begin
          delay_pipeline_7_under_pipe <= delay_pipeline[7];
          coeff8_pipe <= coeff8;

          product8_pipe <= delay_pipeline_7_under_pipe * coeff8_pipe;

        end
      end
    end // temp_process24

  assign product8 = product8_pipe;

  always @ (posedge clk or posedge reset)
    begin: temp_process25
      if (reset == 1'b1) begin
        delay_pipeline_6_under_pipe <= 0;
        coeff7_pipe <= 0;
        product7_pipe <= 0;
      end
      else begin
        if (clk_enable == 1'b1) begin
          delay_pipeline_6_under_pipe <= delay_pipeline[6];
          coeff7_pipe <= coeff7;

          product7_pipe <= delay_pipeline_6_under_pipe * coeff7_pipe;

        end
      end
    end // temp_process25

  assign product7 = product7_pipe;

  always @ (posedge clk or posedge reset)
    begin: temp_process26
      if (reset == 1'b1) begin
        delay_pipeline_5_under_pipe <= 0;
        coeff6_pipe <= 0;
        product6_pipe <= 0;
      end
      else begin
        if (clk_enable == 1'b1) begin
          delay_pipeline_5_under_pipe <= delay_pipeline[5];
          coeff6_pipe <= coeff6;

          product6_pipe <= delay_pipeline_5_under_pipe * coeff6_pipe;

        end
      end
    end // temp_process26

  assign product6 = product6_pipe;

  always @ (posedge clk or posedge reset)
    begin: temp_process27
      if (reset == 1'b1) begin
        delay_pipeline_4_under_pipe <= 0;
        coeff5_pipe <= 0;
        product5_pipe <= 0;
      end
      else begin
        if (clk_enable == 1'b1) begin
          delay_pipeline_4_under_pipe <= delay_pipeline[4];
          coeff5_pipe <= coeff5;

          product5_pipe <= delay_pipeline_4_under_pipe * coeff5_pipe;

        end
      end
    end // temp_process27

  assign product5 = product5_pipe;

  always @ (posedge clk or posedge reset)
    begin: temp_process28
      if (reset == 1'b1) begin
        delay_pipeline_3_under_pipe <= 0;
        coeff4_pipe <= 0;
        product4_pipe <= 0;
      end
      else begin
        if (clk_enable == 1'b1) begin
          delay_pipeline_3_under_pipe <= delay_pipeline[3];
          coeff4_pipe <= coeff4;

          product4_pipe <= delay_pipeline_3_under_pipe * coeff4_pipe;

        end
      end
    end // temp_process28

  assign product4 = product4_pipe;

  always @ (posedge clk or posedge reset)
    begin: temp_process29
      if (reset == 1'b1) begin
        delay_pipeline_2_under_pipe <= 0;
        coeff3_pipe <= 0;
        product3_pipe <= 0;
      end
      else begin
        if (clk_enable == 1'b1) begin
          delay_pipeline_2_under_pipe <= delay_pipeline[2];
          coeff3_pipe <= coeff3;

          product3_pipe <= delay_pipeline_2_under_pipe * coeff3_pipe;

        end
      end
    end // temp_process29

  assign product3 = product3_pipe;

  always @ (posedge clk or posedge reset)
    begin: temp_process30
      if (reset == 1'b1) begin
        delay_pipeline_1_under_pipe <= 0;
        coeff2_pipe <= 0;
        product2_pipe <= 0;
      end
      else begin
        if (clk_enable == 1'b1) begin
          delay_pipeline_1_under_pipe <= delay_pipeline[1];
          coeff2_pipe <= coeff2;

          product2_pipe <= delay_pipeline_1_under_pipe * coeff2_pipe;

        end
      end
    end // temp_process30

  assign product2 = product2_pipe;

  always @ (posedge clk or posedge reset)
    begin: temp_process31
      if (reset == 1'b1) begin
        delay_pipeline_0_under_pipe <= 0;
        coeff1_pipe <= 0;
        product1_pipe <= 0;
      end
      else begin
        if (clk_enable == 1'b1) begin
          delay_pipeline_0_under_pipe <= delay_pipeline[0];
          coeff1_pipe <= coeff1;

          product1_pipe <= delay_pipeline_0_under_pipe * coeff1_pipe;

        end
      end
    end // temp_process31

  assign product1 = product1_pipe;

  assign add_signext = product31;
  assign add_signext_1 = product30;
  assign add_temp = add_signext + add_signext_1;
  assign sum1_1 = $signed({{4{add_temp[48]}}, add_temp});

  assign add_signext_2 = product29;
  assign add_signext_3 = product28;
  assign add_temp_1 = add_signext_2 + add_signext_3;
  assign sum1_2 = $signed({{4{add_temp_1[48]}}, add_temp_1});

  assign add_signext_4 = product27;
  assign add_signext_5 = product26;
  assign add_temp_2 = add_signext_4 + add_signext_5;
  assign sum1_3 = $signed({{4{add_temp_2[48]}}, add_temp_2});

  assign add_signext_6 = product25;
  assign add_signext_7 = product24;
  assign add_temp_3 = add_signext_6 + add_signext_7;
  assign sum1_4 = $signed({{4{add_temp_3[48]}}, add_temp_3});

  assign add_signext_8 = product23;
  assign add_signext_9 = product22;
  assign add_temp_4 = add_signext_8 + add_signext_9;
  assign sum1_5 = $signed({{4{add_temp_4[48]}}, add_temp_4});

  assign add_signext_10 = product21;
  assign add_signext_11 = product20;
  assign add_temp_5 = add_signext_10 + add_signext_11;
  assign sum1_6 = $signed({{4{add_temp_5[48]}}, add_temp_5});

  assign add_signext_12 = product19;
  assign add_signext_13 = product18;
  assign add_temp_6 = add_signext_12 + add_signext_13;
  assign sum1_7 = $signed({{4{add_temp_6[48]}}, add_temp_6});

  assign add_signext_14 = product17;
  assign add_signext_15 = product16;
  assign add_temp_7 = add_signext_14 + add_signext_15;
  assign sum1_8 = $signed({{4{add_temp_7[48]}}, add_temp_7});

  assign add_signext_16 = product15;
  assign add_signext_17 = product14;
  assign add_temp_8 = add_signext_16 + add_signext_17;
  assign sum1_9 = $signed({{4{add_temp_8[48]}}, add_temp_8});

  assign add_signext_18 = product13;
  assign add_signext_19 = product12;
  assign add_temp_9 = add_signext_18 + add_signext_19;
  assign sum1_10 = $signed({{4{add_temp_9[48]}}, add_temp_9});

  assign add_signext_20 = product11;
  assign add_signext_21 = product10;
  assign add_temp_10 = add_signext_20 + add_signext_21;
  assign sum1_11 = $signed({{4{add_temp_10[48]}}, add_temp_10});

  assign add_signext_22 = product9;
  assign add_signext_23 = product8;
  assign add_temp_11 = add_signext_22 + add_signext_23;
  assign sum1_12 = $signed({{4{add_temp_11[48]}}, add_temp_11});

  assign add_signext_24 = product7;
  assign add_signext_25 = product6;
  assign add_temp_12 = add_signext_24 + add_signext_25;
  assign sum1_13 = $signed({{4{add_temp_12[48]}}, add_temp_12});

  assign add_signext_26 = product5;
  assign add_signext_27 = product4;
  assign add_temp_13 = add_signext_26 + add_signext_27;
  assign sum1_14 = $signed({{4{add_temp_13[48]}}, add_temp_13});

  assign add_signext_28 = product3;
  assign add_signext_29 = product2;
  assign add_temp_14 = add_signext_28 + add_signext_29;
  assign sum1_15 = $signed({{4{add_temp_14[48]}}, add_temp_14});

  always @ (posedge clk or posedge reset)
    begin: temp_process32
      if (reset == 1'b1) begin
        sumpipe1_1 <= 0;
        sumpipe1_2 <= 0;
        sumpipe1_3 <= 0;
        sumpipe1_4 <= 0;
        sumpipe1_5 <= 0;
        sumpipe1_6 <= 0;
        sumpipe1_7 <= 0;
        sumpipe1_8 <= 0;
        sumpipe1_9 <= 0;
        sumpipe1_10 <= 0;
        sumpipe1_11 <= 0;
        sumpipe1_12 <= 0;
        sumpipe1_13 <= 0;
        sumpipe1_14 <= 0;
        sumpipe1_15 <= 0;
        sumpipe1_16 <= 0;
      end
      else begin
        if (clk_enable == 1'b1) begin
          sumpipe1_1 <= sum1_1;
          sumpipe1_2 <= sum1_2;
          sumpipe1_3 <= sum1_3;
          sumpipe1_4 <= sum1_4;
          sumpipe1_5 <= sum1_5;
          sumpipe1_6 <= sum1_6;
          sumpipe1_7 <= sum1_7;
          sumpipe1_8 <= sum1_8;
          sumpipe1_9 <= sum1_9;
          sumpipe1_10 <= sum1_10;
          sumpipe1_11 <= sum1_11;
          sumpipe1_12 <= sum1_12;
          sumpipe1_13 <= sum1_13;
          sumpipe1_14 <= sum1_14;
          sumpipe1_15 <= sum1_15;
          sumpipe1_16 <= product1;
        end
      end
    end // temp_process32

  assign add_signext_30 = sumpipe1_1;
  assign add_signext_31 = sumpipe1_2;
  assign add_temp_15 = add_signext_30 + add_signext_31;
  assign sum2_1 = add_temp_15[52:0];

  assign add_signext_32 = sumpipe1_3;
  assign add_signext_33 = sumpipe1_4;
  assign add_temp_16 = add_signext_32 + add_signext_33;
  assign sum2_2 = add_temp_16[52:0];

  assign add_signext_34 = sumpipe1_5;
  assign add_signext_35 = sumpipe1_6;
  assign add_temp_17 = add_signext_34 + add_signext_35;
  assign sum2_3 = add_temp_17[52:0];

  assign add_signext_36 = sumpipe1_7;
  assign add_signext_37 = sumpipe1_8;
  assign add_temp_18 = add_signext_36 + add_signext_37;
  assign sum2_4 = add_temp_18[52:0];

  assign add_signext_38 = sumpipe1_9;
  assign add_signext_39 = sumpipe1_10;
  assign add_temp_19 = add_signext_38 + add_signext_39;
  assign sum2_5 = add_temp_19[52:0];

  assign add_signext_40 = sumpipe1_11;
  assign add_signext_41 = sumpipe1_12;
  assign add_temp_20 = add_signext_40 + add_signext_41;
  assign sum2_6 = add_temp_20[52:0];

  assign add_signext_42 = sumpipe1_13;
  assign add_signext_43 = sumpipe1_14;
  assign add_temp_21 = add_signext_42 + add_signext_43;
  assign sum2_7 = add_temp_21[52:0];

  assign add_signext_44 = sumpipe1_15;
  assign add_signext_45 = $signed({{5{sumpipe1_16[47]}}, sumpipe1_16});
  assign add_temp_22 = add_signext_44 + add_signext_45;
  assign sum2_8 = add_temp_22[52:0];

  always @ (posedge clk or posedge reset)
    begin: temp_process33
      if (reset == 1'b1) begin
        sumpipe2_1 <= 0;
        sumpipe2_2 <= 0;
        sumpipe2_3 <= 0;
        sumpipe2_4 <= 0;
        sumpipe2_5 <= 0;
        sumpipe2_6 <= 0;
        sumpipe2_7 <= 0;
        sumpipe2_8 <= 0;
      end
      else begin
        if (clk_enable == 1'b1) begin
          sumpipe2_1 <= sum2_1;
          sumpipe2_2 <= sum2_2;
          sumpipe2_3 <= sum2_3;
          sumpipe2_4 <= sum2_4;
          sumpipe2_5 <= sum2_5;
          sumpipe2_6 <= sum2_6;
          sumpipe2_7 <= sum2_7;
          sumpipe2_8 <= sum2_8;
        end
      end
    end // temp_process33

  assign add_signext_46 = sumpipe2_1;
  assign add_signext_47 = sumpipe2_2;
  assign add_temp_23 = add_signext_46 + add_signext_47;
  assign sum3_1 = add_temp_23[52:0];

  assign add_signext_48 = sumpipe2_3;
  assign add_signext_49 = sumpipe2_4;
  assign add_temp_24 = add_signext_48 + add_signext_49;
  assign sum3_2 = add_temp_24[52:0];

  assign add_signext_50 = sumpipe2_5;
  assign add_signext_51 = sumpipe2_6;
  assign add_temp_25 = add_signext_50 + add_signext_51;
  assign sum3_3 = add_temp_25[52:0];

  assign add_signext_52 = sumpipe2_7;
  assign add_signext_53 = sumpipe2_8;
  assign add_temp_26 = add_signext_52 + add_signext_53;
  assign sum3_4 = add_temp_26[52:0];

  always @ (posedge clk or posedge reset)
    begin: temp_process34
      if (reset == 1'b1) begin
        sumpipe3_1 <= 0;
        sumpipe3_2 <= 0;
        sumpipe3_3 <= 0;
        sumpipe3_4 <= 0;
      end
      else begin
        if (clk_enable == 1'b1) begin
          sumpipe3_1 <= sum3_1;
          sumpipe3_2 <= sum3_2;
          sumpipe3_3 <= sum3_3;
          sumpipe3_4 <= sum3_4;
        end
      end
    end // temp_process34

  assign add_signext_54 = sumpipe3_1;
  assign add_signext_55 = sumpipe3_2;
  assign add_temp_27 = add_signext_54 + add_signext_55;
  assign sum4_1 = add_temp_27[52:0];

  assign add_signext_56 = sumpipe3_3;
  assign add_signext_57 = sumpipe3_4;
  assign add_temp_28 = add_signext_56 + add_signext_57;
  assign sum4_2 = add_temp_28[52:0];

  always @ (posedge clk or posedge reset)
    begin: temp_process35
      if (reset == 1'b1) begin
        sumpipe4_1 <= 0;
        sumpipe4_2 <= 0;
      end
      else begin
        if (clk_enable == 1'b1) begin
          sumpipe4_1 <= sum4_1;
          sumpipe4_2 <= sum4_2;
        end
      end
    end // temp_process35

  assign add_signext_58 = sumpipe4_1;
  assign add_signext_59 = sumpipe4_2;
  assign add_temp_29 = add_signext_58 + add_signext_59;
  assign sum5_1 = add_temp_29[52:0];

  always @ (posedge clk or posedge reset)
    begin: temp_process36
      if (reset == 1'b1) begin
        sumpipe5_1 <= 0;
      end
      else begin
        if (clk_enable == 1'b1) begin
          sumpipe5_1 <= sum5_1;
        end
      end
    end // temp_process36

  assign sum_final = sumpipe5_1;

  always @ (posedge clk or posedge reset)
    begin: Output_Register_process
      if (reset == 1'b1) begin
        output_register <= 0;
      end
      else begin
        if (clk_enable == 1'b1) begin
          output_register <= sum_final;
        end
      end
    end // Output_Register_process

  // Assignment Statements
  assign filter_out = output_register;
endmodule  // fir_30_24b_1p